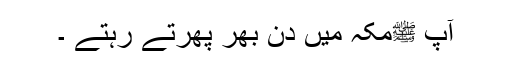
آپ ﷺمکہ میں دن بھر پھرتے رہتے ۔